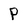
Character: P